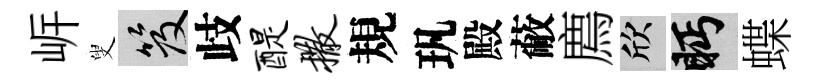
㟁叟笈歧醍撒規㺬殿蔽廌欣眄蝶